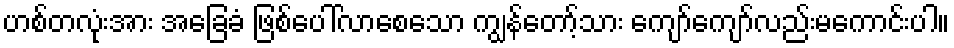
ဟစ်တလုံးအား အခြေခံ ဖြစ်ပေါ်လာစေသော ကျွန်တော့်သား ကျော်ကျော်လည်းမကောင်းပါ။